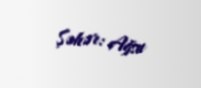
Şəhər: Ağsu